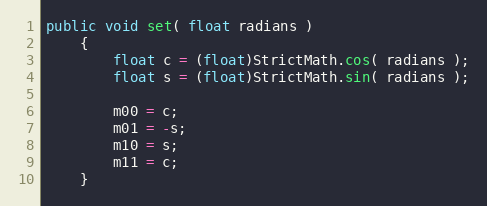
Language: Java
public void set( float radians )
	{
		float c = (float)StrictMath.cos( radians );
		float s = (float)StrictMath.sin( radians );

		m00 = c;
		m01 = -s;
		m10 = s;
		m11 = c;
	}